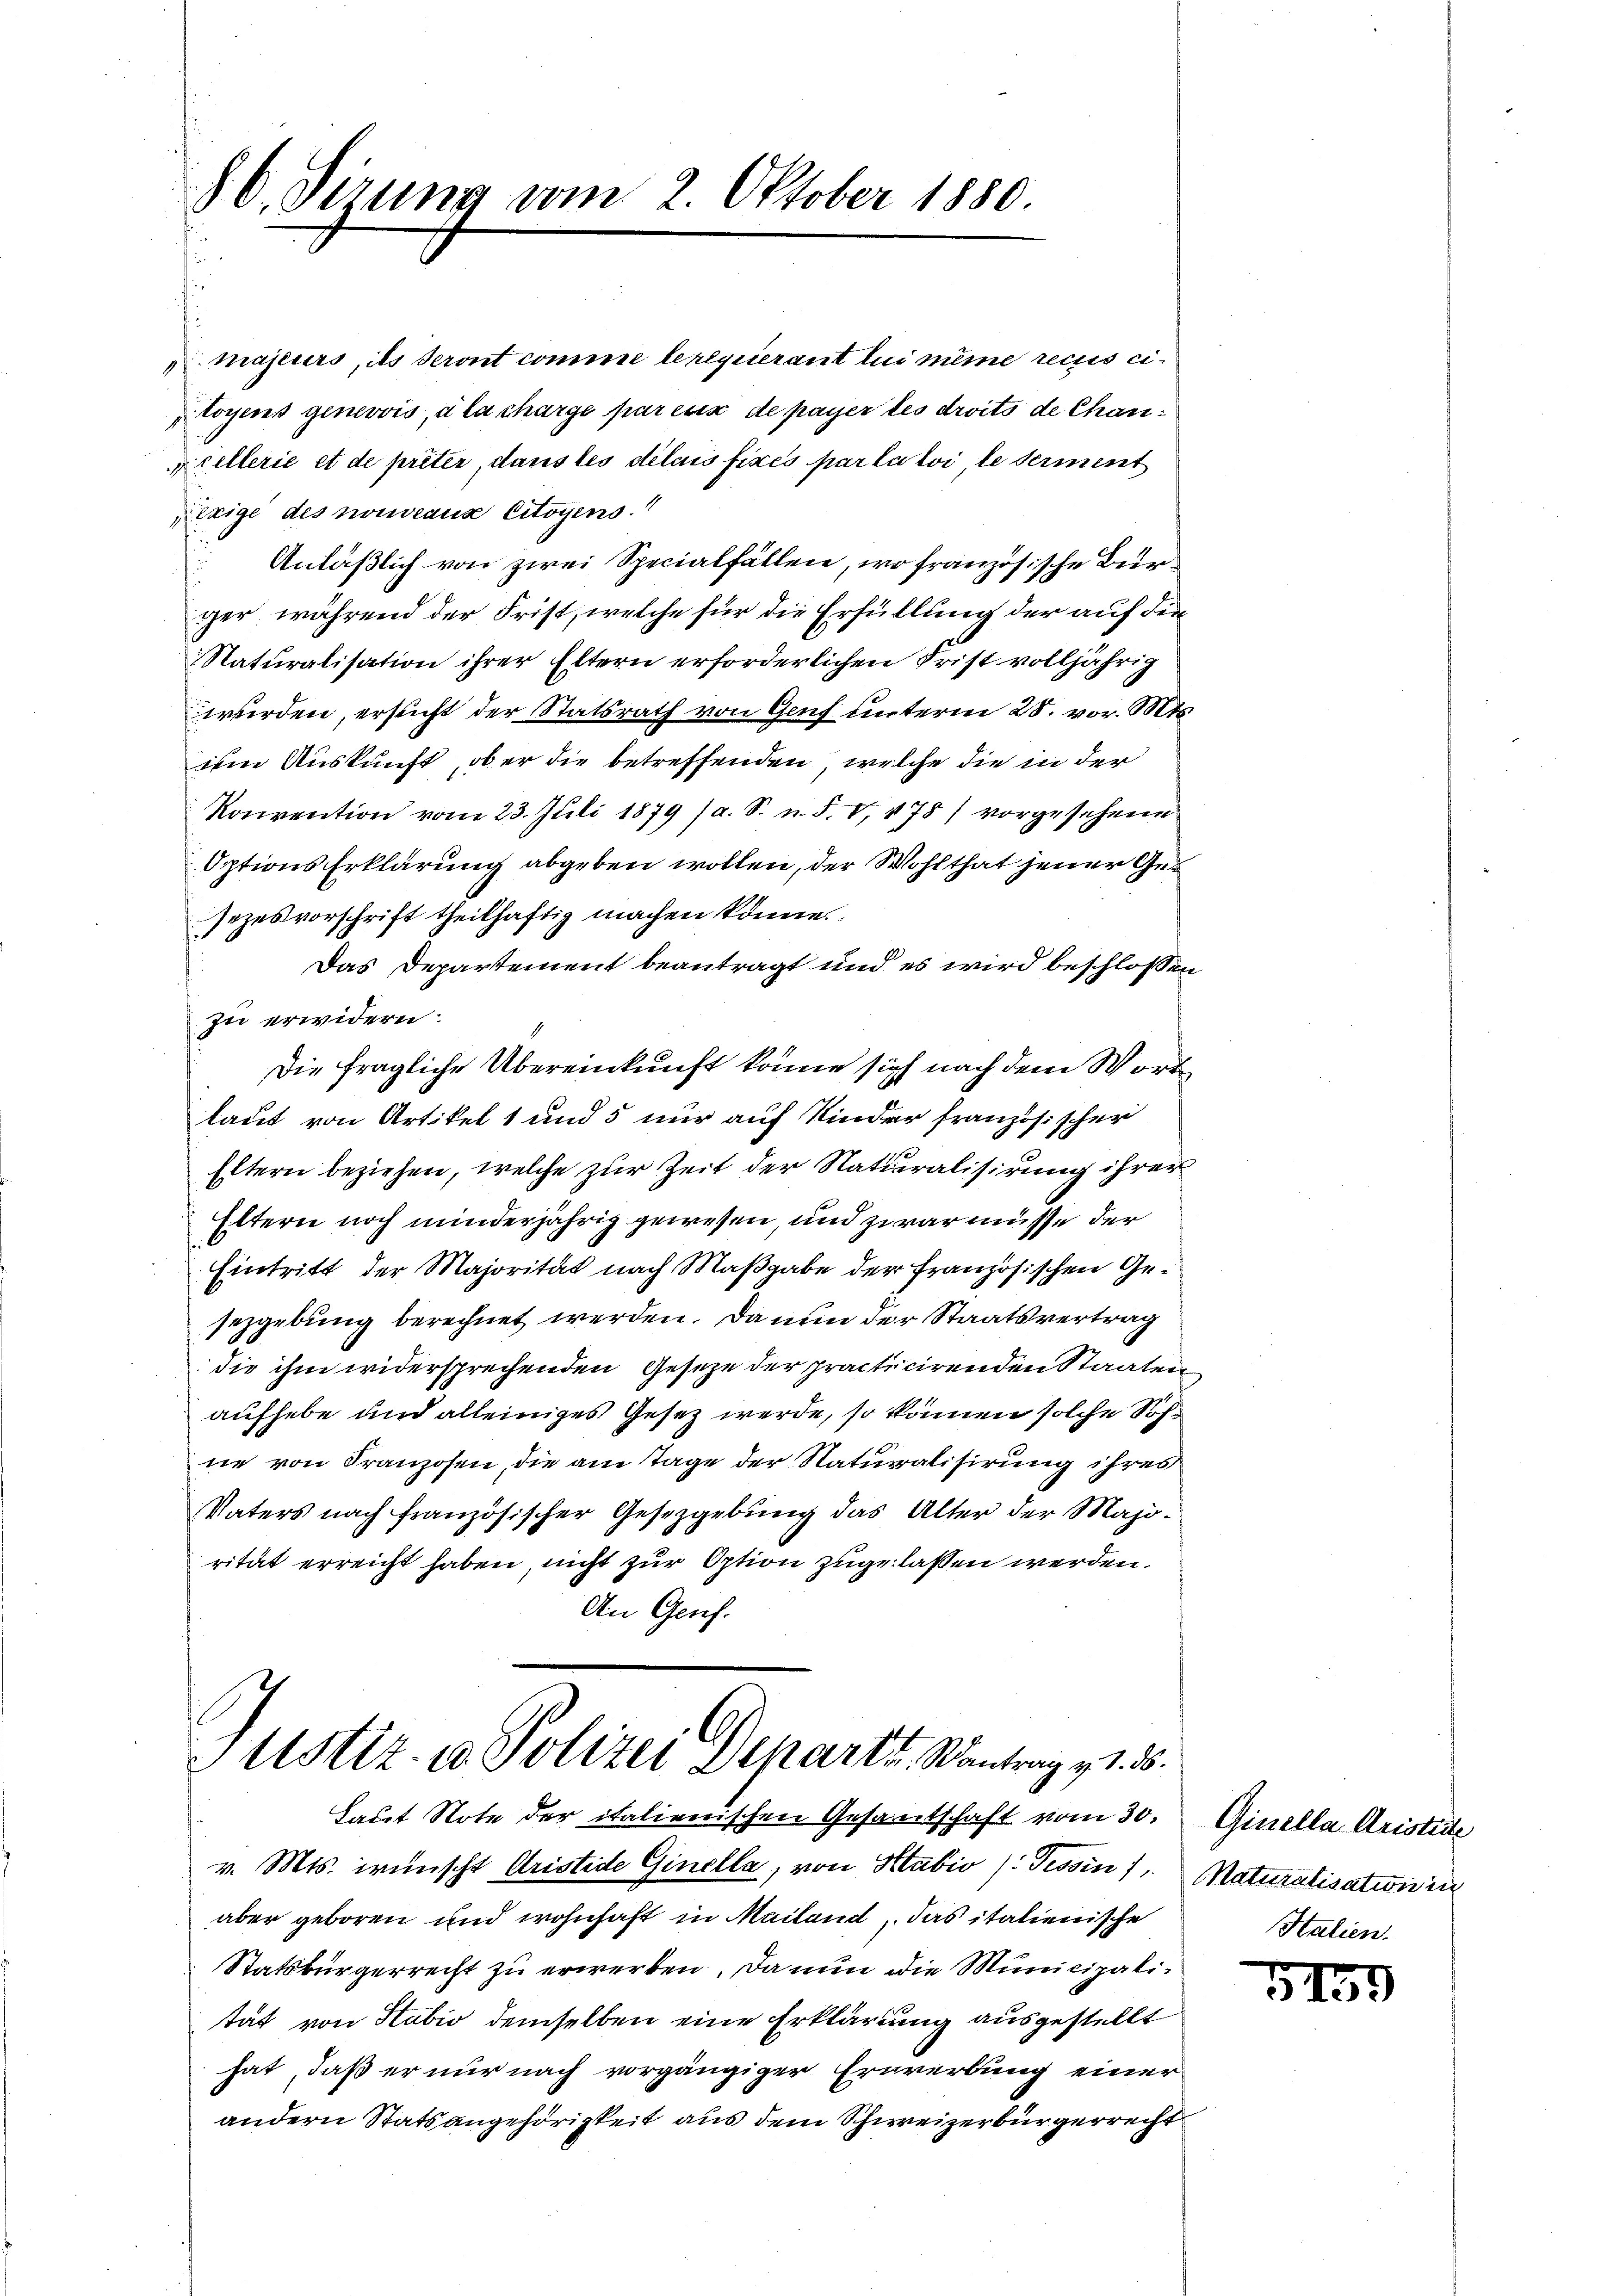
§ 6. dirung vom 2. Oktober 1880.
s

majeurs, ils seront comme le requierant lui même recues ci-
toyens genevois, à la charge par esis de payer des droits de Chancellerie et de prêter, dans les délais fixés par la loi, le serment
exige des nouveaux citoyens
Anläßlich von zwei Specialfällen, wo französische Bur¬
u
ger, während der Frist, welche für die Erfüllung der auf die
Naturalisation ihrer Eltern erforderlichen Frist volljährig
werden, ersucht der Statsrath von Genf unterm 28. vor. Mts.
iie Auskunft, ob er die betreffenden, welche die in der
Konvention vom 23. Juli 1879 (a. S. n. F. V, 478) vorgesehene
Options Erklärung abgeben wollen, der Wohlthat jener Gesezesvorschrift theilhaftig machen könne.
Das Departement beantragt und es wird beschlossen
zu erwidern.
Die fragliche Übereinkunft könne sich nach dem Wort
laut von Artikel 1 und 5 nur auf Kinder französischen
Eltern beziehen, welche zur Zeit der Naturalisirung ihrer
Eltern noch minderjährig gewesen, und zwar müsse der
Eintritt der Majorität nach Maßgabe der französischen Gesezgebung berechnet werden. Da nun der Staatsvertrag
die ihm widersprechenden Geseze der practicirenden Staaten
aufhebe und alleiniges Gesetz werde, so können solche Sohne von Franzosen, die am Tage der Naturalisirung ihres
Vaters nach französischer Gesetzgebung das Alter der Majorität erreicht haben, nicht zur Option zugelassen werden.
An Genf.

Justiz- u Polizei Departs Kantrag v. 5.

Laut Note der italienischen Gesantschaft vom 30.
v. Mts. wünscht Aristide Ginella, von Stabio /: Tessin, Maturalisation in
aber geboren und wohnhaft in Mailand, das italienische
Statsbürgerrecht zu erwerben. Da nun die Municipalitat von Stabio demselben eine Erklärung ausgestellt
hat, daß er nur nach vorgängiger Erwerbung einer
andern Statsangehörigkeit aus dem Schweizerbürgerrecht

Ginella Aristete
Htalien.

5159